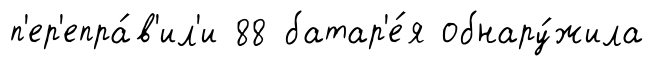
п'ер'епра́в'ил'и 88 батар'е́я обнару́жила